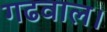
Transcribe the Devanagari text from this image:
गढवाल।